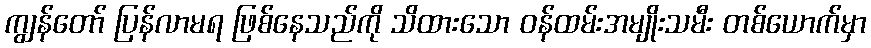
ကျွန်တော် ပြန်လာမရ ဖြစ်နေသည်ကို သိထားသော ဝန်ထမ်းအမျိုးသမီး တစ်ယောက်မှာ